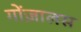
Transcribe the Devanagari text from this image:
गोंज़ालस